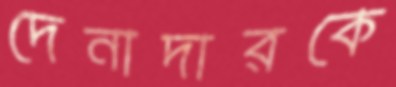
দেনাদারকে